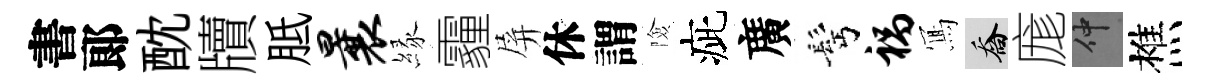
書郞酖牘胝曩縁霾屏休謂險疵廣髩祸𭂁喬庬仲樵